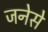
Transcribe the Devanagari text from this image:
जनेसे